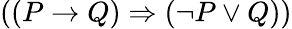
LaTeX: ((P\rightarrow Q)\Rightarrow(\neg P\vee Q))